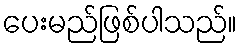
ပေးမည်ဖြစ်ပါသည်။